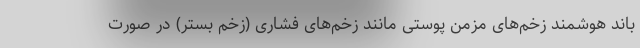
باند هوشمند زخم‌های مزمن پوستی مانند زخم‌های فشاری (زخم بستر) در صورت